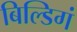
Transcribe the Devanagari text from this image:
बिल्डिगं